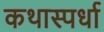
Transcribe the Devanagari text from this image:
कथास्पर्धा